Madras plague regulations in force outside the Presidency town - Volume 2
Disease focus: Plague
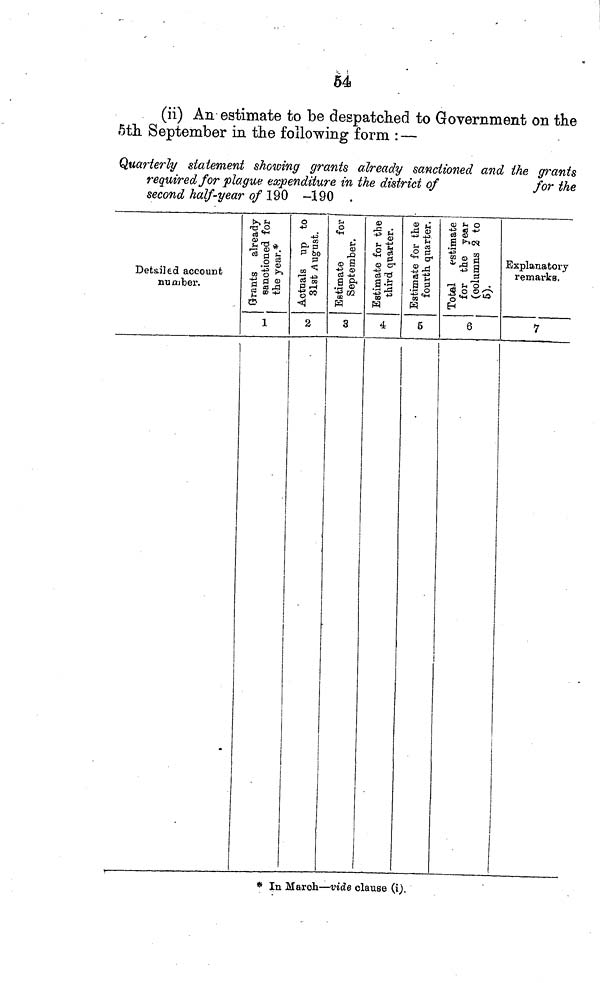
54
(ii) An estimate to be despatched to Government on the
5th September in the following form : —
Quarterly statement showing grants already sanctioned and the grants
required for plague expenditure in the district of
for the
second half-year of 190 -190 .
Detailed account
number.
K ft
ro O
1>
1^*-
0 fe
.9 §
»-g >•
13JS g 00 -4->
tí?
1
O
-(--
40
— «O
P- B
P bo
P!
» «
c3 m
P r-l
r
2
s- o
«H
P
(S
rfl
<D S
"S ®
Cd -4-»
a a
• • g s
H
3
o>
rî
<u
e|
® er 1
IS "Ö
•äa
"to **
W
4
<B t!
rd S
sï
•S&
«^4
•3 "S
J l
tsŴ
5
<u i- o
-g * -tJ
ça S
a f"M
Ï5I -p 8
rg ^i 'S •
Œ O O x*^»
-g <íl v_^U5
H
6
Explanatory
remarks.
7
* In March—vide clause (i).